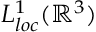
L _ { l o c } ^ { 1 } ( \mathbb { R } ^ { 3 } )